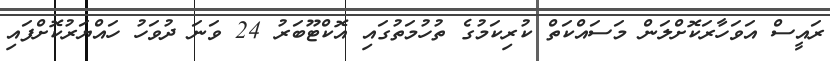
ރައީސް އަވަހާރަކޮށްލަން މަސައްކަތް ކުރިކަމުގެ ތުހުމަތުގައި އޮކްޓޫބަރު 24 ވަނަ ދުވަހު ހައްޔަރުކޮށްފައި